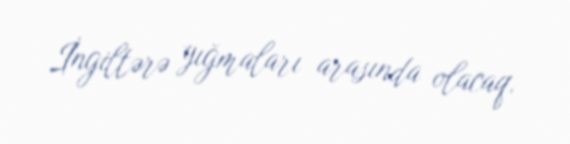
İngiltərə yığmaları arasında olacaq.